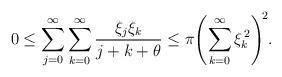
LaTeX: \begin{align*}0\leq\sum_{j=0}^{\infty}\sum_{k=0}^{\infty}\frac{\xi_{j}\xi_{k}}{j+k+\theta}\leq\pi\!\left(\sum_{k=0}^{\infty}\xi_{k}^{\,2}\right)^{\!2}\!.\end{align*}